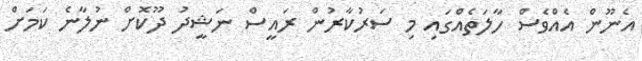
އެނޫން އެއްވެސް ހާލަތެއްގައި މި ސަރުކާރުން ރައީސް ނަޝީދު ދޫކޮށް ނުލާނެ ކަމަށް